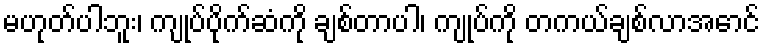
မဟုတ်ပါဘူး၊ ကျုပ်ပိုက်ဆံကို ချစ်တာပါ၊ ကျုပ်ကို တကယ်ချစ်လာအောင်